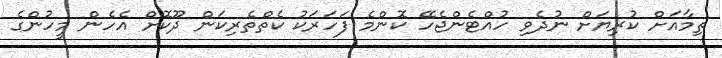
ތިމާއަށް ކުރިޔަށް ނުދެވި ހުއްޓެންޖެހޭ ކޮންމެ ފަހަރަކު ކެތްތެރިކަން ދޫކޮށް އެހެން މީހުންގެ